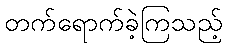
တက်ရောက်ခဲ့ကြသည့်